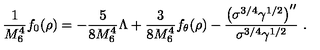
\frac { 1 } { M _ { 6 } ^ { 4 } } f _ { 0 } ( \rho ) = - \frac { 5 } { 8 M _ { 6 } ^ { 4 } } { \Lambda } + \frac { 3 } { 8 M _ { 6 } ^ { 4 } } f _ { \theta } ( \rho ) - \frac { { \left( \sigma ^ { 3 / 4 } \gamma ^ { 1 / 2 } \right) } ^ { \prime \prime } } { \sigma ^ { 3 / 4 } \gamma ^ { 1 / 2 } } \ .